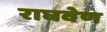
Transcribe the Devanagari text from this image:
राघवेण